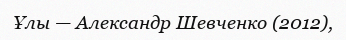
Ұлы — Александр Шевченко (2012),